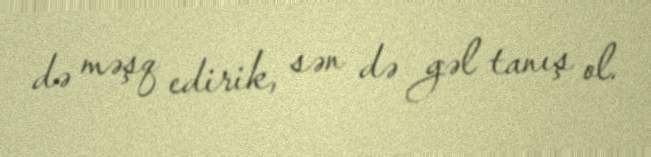
də məşq edirik, sən də gəl tanış ol.